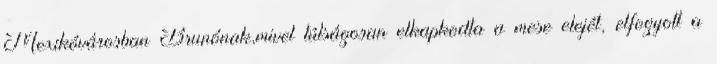
Mexikóvárosban Brunónak,mivel túlságosan elkapkodta a mese elejét, elfogyott a